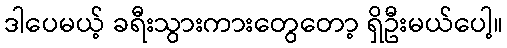
ဒါပေမယ့် ခရီးသွားကားတွေတော့ ရှိဦးမယ်ပေါ့။